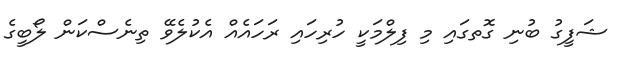
ޝަފީގު ބުނި ގޮތގައި މި ފިލްމަކީ ހުރިހައި ރަހައެއް އެކުލެވޭ ތިނެސްކަން ލޯބީގެ